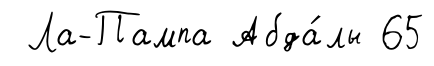
Ла-Пампа Абда́лы 65